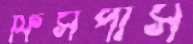
ফিসপাস